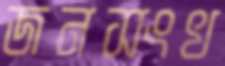
জনসংখ